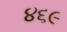
૪૬૯